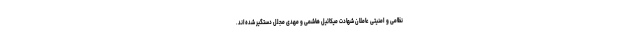
نظامی و امنیتی عاملان شهادت میکائیل هاشمی و مهدی مجلل دستگیر شده‌اند.